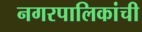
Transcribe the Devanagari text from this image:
नगरपालिकांची